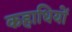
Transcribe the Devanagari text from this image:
कहाधियों